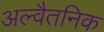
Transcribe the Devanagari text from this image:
अल्वैतनिक